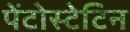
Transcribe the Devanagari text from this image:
पेंटोस्टेटिन